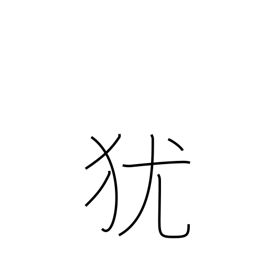
Meaning: condition